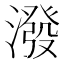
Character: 潑